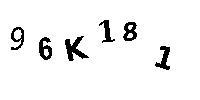
96K181